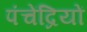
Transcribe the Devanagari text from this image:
पंचेंद्रियों